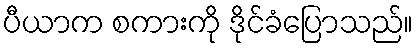
ပီယာက စကားကို ဒိုင်ခံပြောသည်။